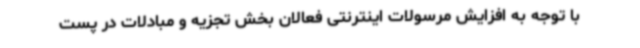
با توجه به افزایش مرسولات اینترنتی فعالان بخش تجزیه و مبادلات در پست